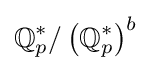
\mathbb {Q} _{p}^{*}/\left(\mathbb {Q} _{p}^{*}\right)^{b}